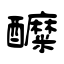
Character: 醾